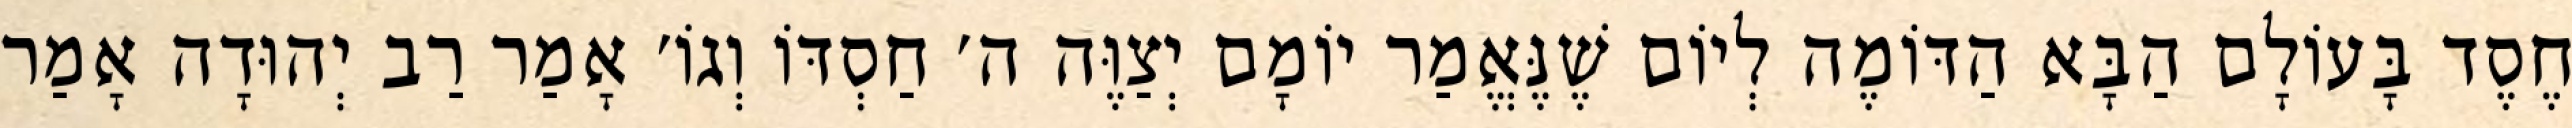
חֶסֶד בָּעוֹלָם הַבָּא הַדּוֹמֶה לְיוֹם שֶׁנֶּאֱמַר יוֹמָם יְצַוֶּה ה׳ חַסְדּוֹ וְגוֹ׳ אָמַר רַב יְהוּדָה אָמַר